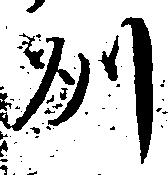
州